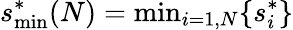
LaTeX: s_{\mathrm{min}}^{*}(N)=\textrm{min}_{i=1,N}\{ s_{i}^{*}\}